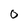
Character: 0